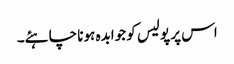
اس پر پولیس کو جوابدہ ہونا چاہئے۔